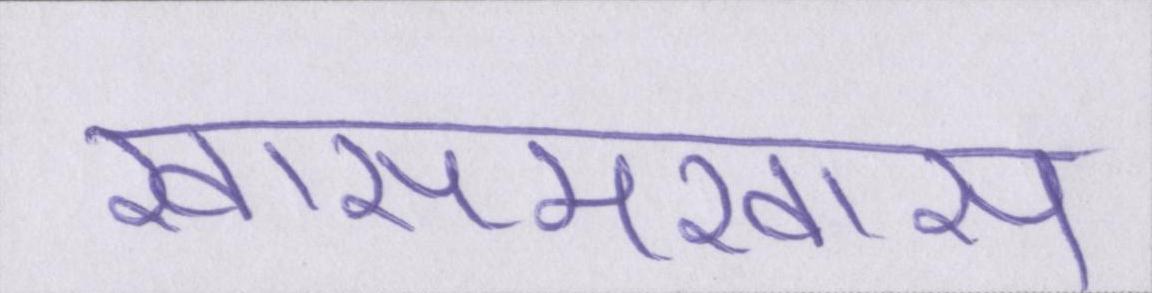
खासमखास